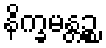
နိက္ခမန္တဉ္စ